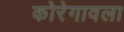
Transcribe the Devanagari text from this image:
कोरेगावला